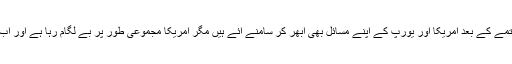
اس میں کوئی شک نہیں کہ سرد جنگ کے خاتمے کے بعد امریکا اور یورپ کے اپنے مسائل بھی ابھر کر سامنے آئے ہیں مگر امریکا مجموعی طور پر بے لگام رہا ہے اور اب تک اپنی مرضی کے مطابق کام کرتا آیا ہے۔